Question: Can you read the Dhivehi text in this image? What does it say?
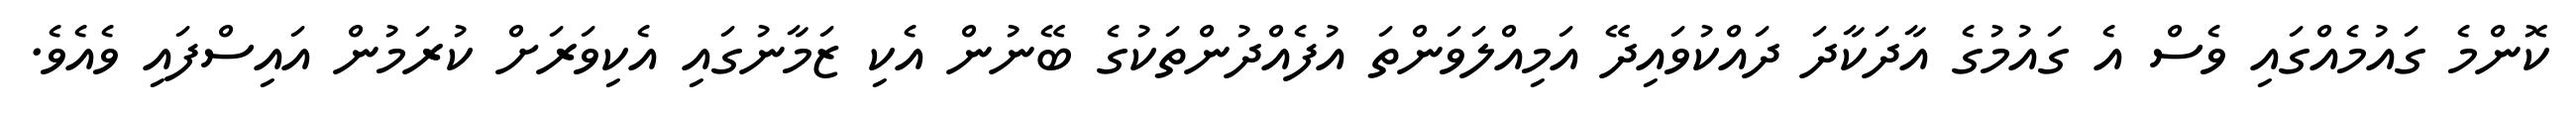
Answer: ކޮންމެ ގައުމެއްގައި ވެސް އެ ގައުމުގެ އާދަކާދަ ދައްކުވައިދޭ އަމިއްލަވަންތަ އުފެއްދުންތަކުގެ ބޭނުން އެކި ޒަމާނުގައި އެކިވަރަށް ކުރަމުން އައިސްފައި ވެއެވެ.